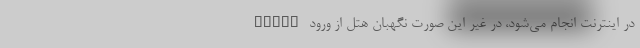
table در اینترنت انجام می‌شود، در غیر این صورت نگهبان هتل از ورود